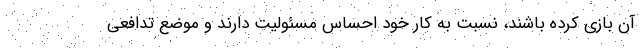
آن بازی کرده باشند، نسبت‌ به کار خود احساس مسئولیت دارند و موضع تدافعی